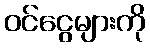
ဝင်ငွေများကို